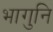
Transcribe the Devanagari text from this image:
भागुनि